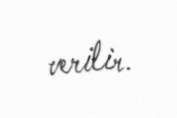
verilir.